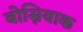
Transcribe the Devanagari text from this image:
बोस्नियाक